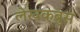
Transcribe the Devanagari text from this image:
लेखकब्रुस